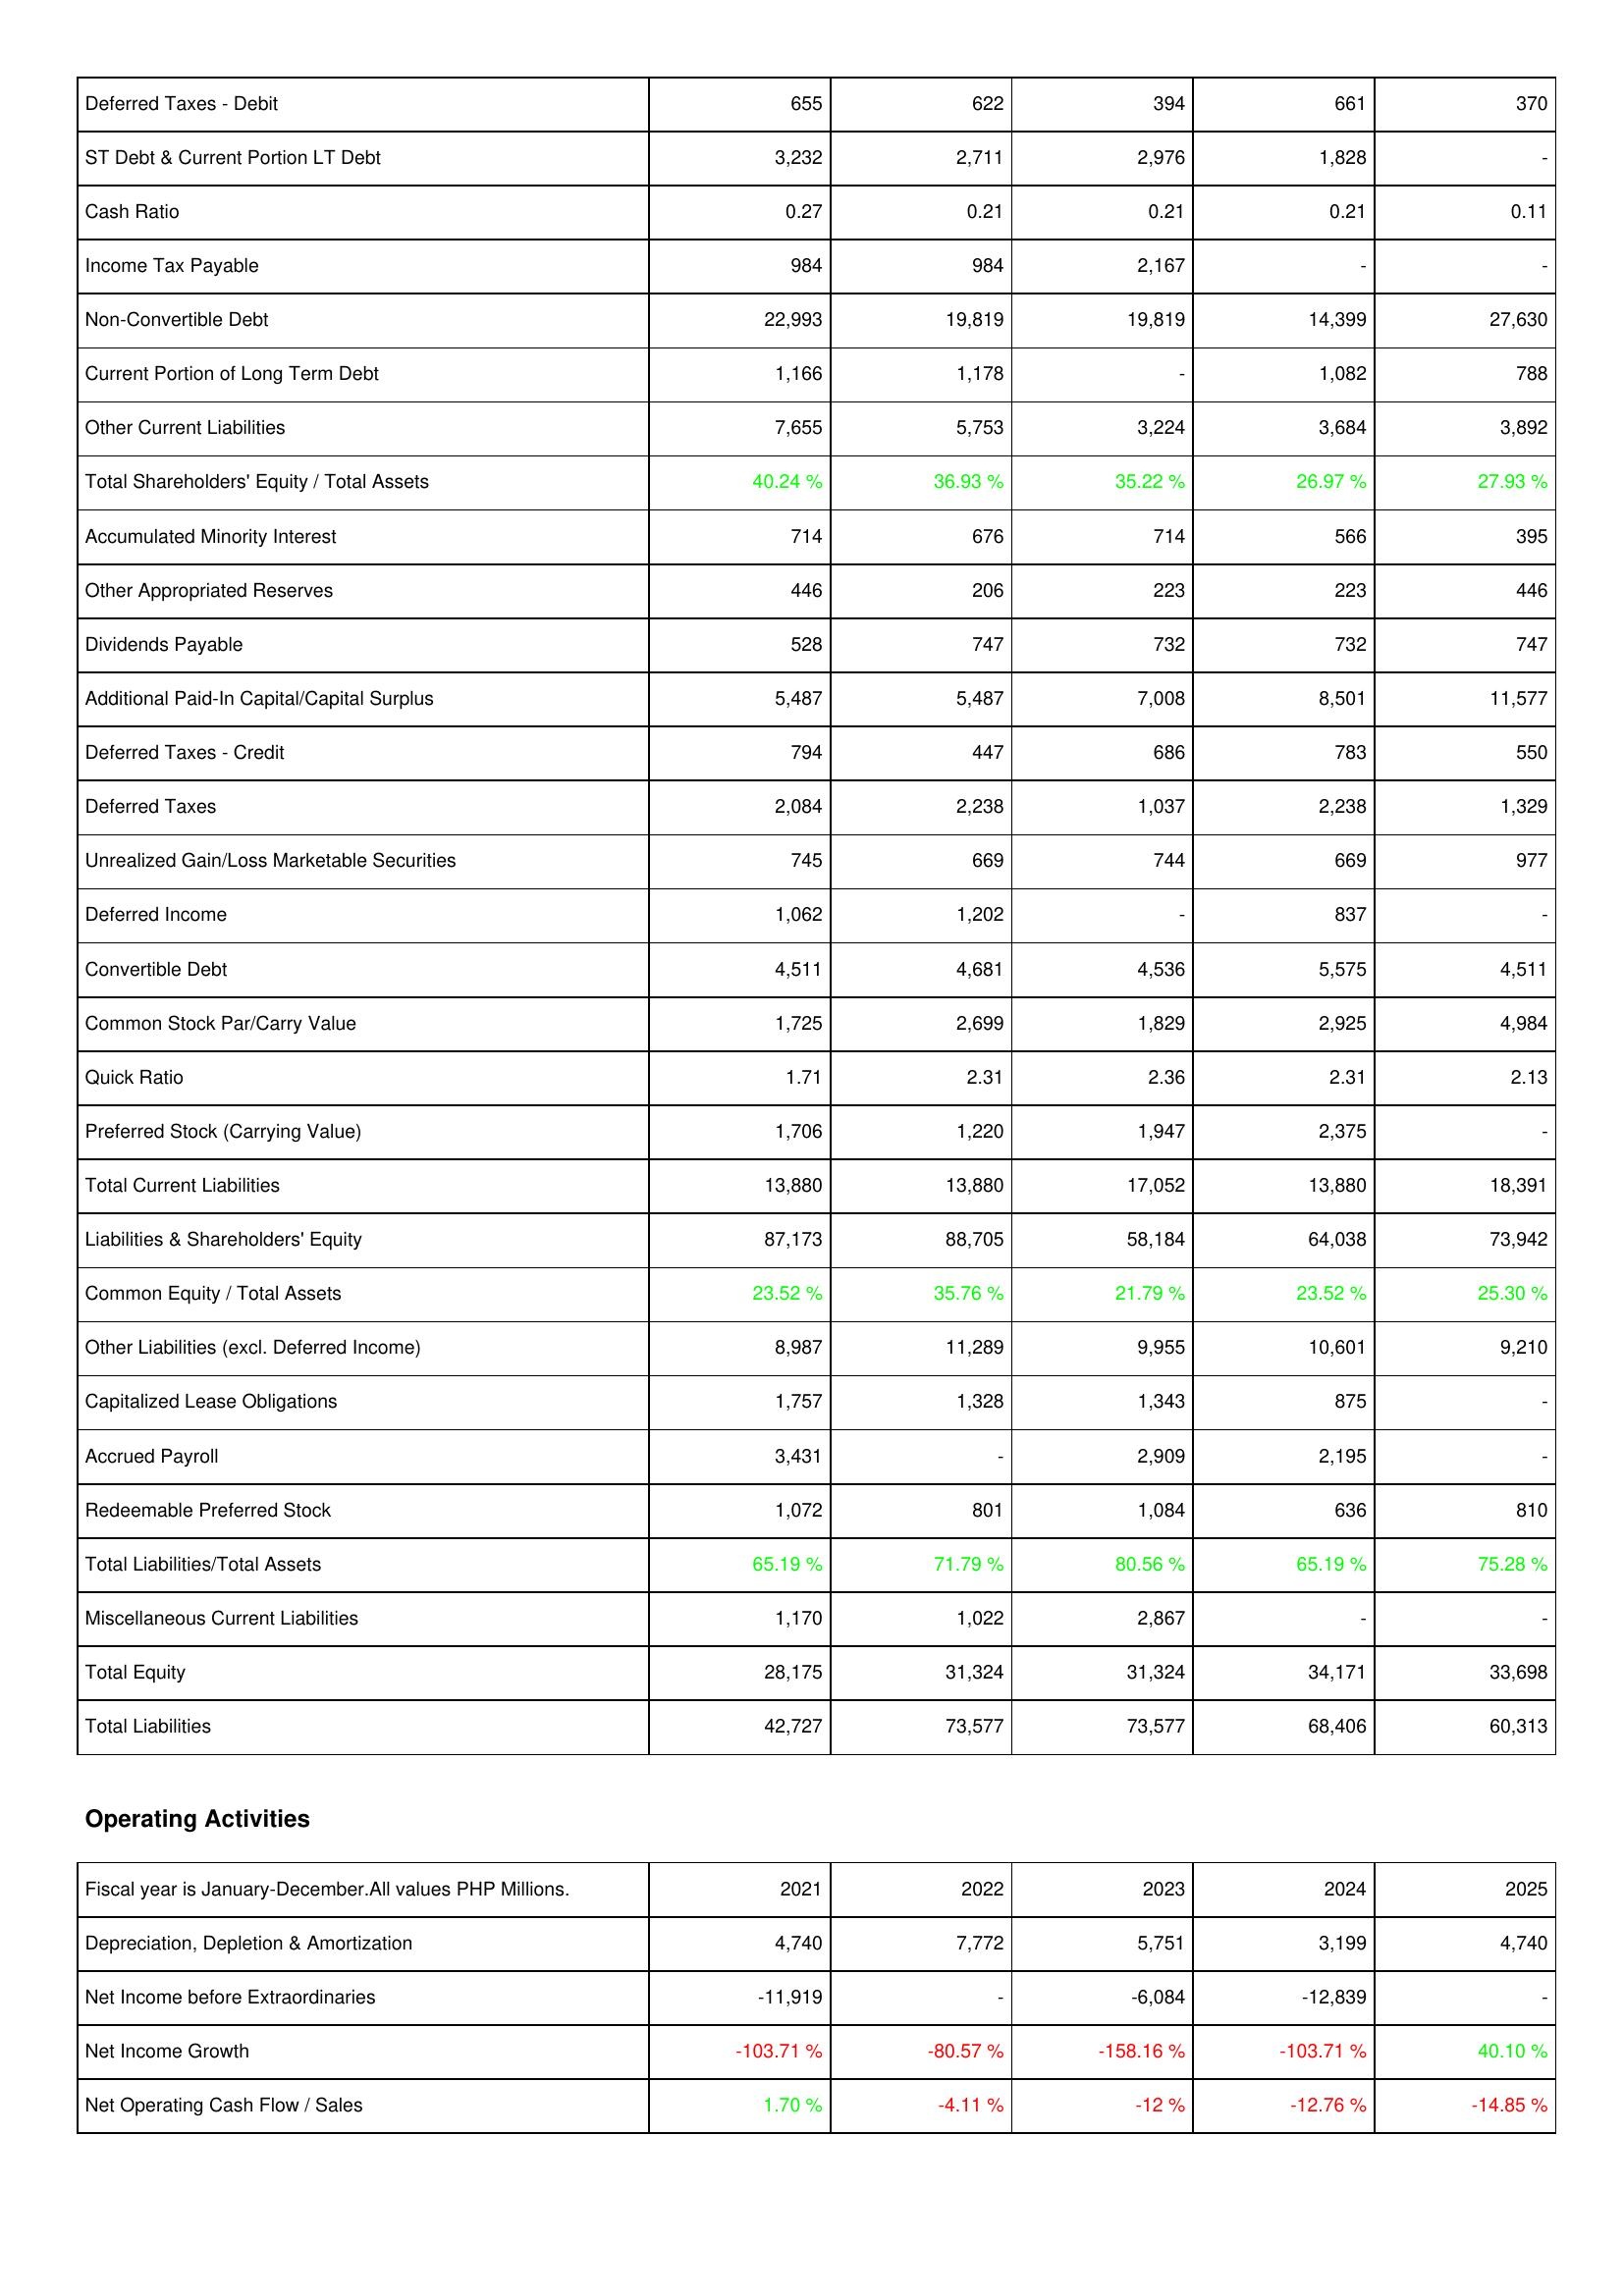
2021: Liabilities & Shareholders' Equity: Deferred Taxes - Debit: 655
ST Debt & Current Portion LT Debt: 3,232
Cash Ratio: 0.27
Income Tax Payable: 984
Non-Convertible Debt: 22,993
Current Portion of Long Term Debt: 1,166
Other Current Liabilities: 7,655
Total Shareholders' Equity / Total Assets: 40.24 %
Accumulated Minority Interest: 714
Other Appropriated Reserves: 446
Dividends Payable: 528
Additional Paid-In Capital/Capital Surplus: 5,487
Deferred Taxes - Credit: 794
Deferred Taxes: 2,084
Unrealized Gain/Loss Marketable Securities: 745
Deferred Income: 1,062
Convertible Debt: 4,511
Common Stock Par/Carry Value: 1,725
Quick Ratio: 1.71
Preferred Stock (Carrying Value): 1,706
Total Current Liabilities: 13,880
Liabilities & Shareholders' Equity: 87,173
Common Equity / Total Assets: 23.52 %
Other Liabilities (excl. Deferred Income): 8,987
Capitalized Lease Obligations: 1,757
Accrued Payroll: 3,431
Redeemable Preferred Stock: 1,072
Total Liabilities/Total Assets: 65.19 %
Miscellaneous Current Liabilities: 1,170
Total Equity: 28,175
Total Liabilities: 42,727
Operating Activities: Depreciation, Depletion & Amortization: 4,740
Net Income before Extraordinaries: -11,919
Net Income Growth: -103.71 %
Net Operating Cash Flow / Sales: 1.70 %
2022: Liabilities & Shareholders' Equity: Deferred Taxes - Debit: 622
ST Debt & Current Portion LT Debt: 2,711
Cash Ratio: 0.21
Income Tax Payable: 984
Non-Convertible Debt: 19,819
Current Portion of Long Term Debt: 1,178
Other Current Liabilities: 5,753
Total Shareholders' Equity / Total Assets: 36.93 %
Accumulated Minority Interest: 676
Other Appropriated Reserves: 206
Dividends Payable: 747
Additional Paid-In Capital/Capital Surplus: 5,487
Deferred Taxes - Credit: 447
Deferred Taxes: 2,238
Unrealized Gain/Loss Marketable Securities: 669
Deferred Income: 1,202
Convertible Debt: 4,681
Common Stock Par/Carry Value: 2,699
Quick Ratio: 2.31
Preferred Stock (Carrying Value): 1,220
Total Current Liabilities: 13,880
Liabilities & Shareholders' Equity: 88,705
Common Equity / Total Assets: 35.76 %
Other Liabilities (excl. Deferred Income): 11,289
Capitalized Lease Obligations: 1,328
Accrued Payroll: -
Redeemable Preferred Stock: 801
Total Liabilities/Total Assets: 71.79 %
Miscellaneous Current Liabilities: 1,022
Total Equity: 31,324
Total Liabilities: 73,577
Operating Activities: Depreciation, Depletion & Amortization: 7,772
Net Income before Extraordinaries: -
Net Income Growth: -80.57 %
Net Operating Cash Flow / Sales: -4.11 %
2023: Liabilities & Shareholders' Equity: Deferred Taxes - Debit: 394
ST Debt & Current Portion LT Debt: 2,976
Cash Ratio: 0.21
Income Tax Payable: 2,167
Non-Convertible Debt: 19,819
Current Portion of Long Term Debt: -
Other Current Liabilities: 3,224
Total Shareholders' Equity / Total Assets: 35.22 %
Accumulated Minority Interest: 714
Other Appropriated Reserves: 223
Dividends Payable: 732
Additional Paid-In Capital/Capital Surplus: 7,008
Deferred Taxes - Credit: 686
Deferred Taxes: 1,037
Unrealized Gain/Loss Marketable Securities: 744
Deferred Income: -
Convertible Debt: 4,536
Common Stock Par/Carry Value: 1,829
Quick Ratio: 2.36
Preferred Stock (Carrying Value): 1,947
Total Current Liabilities: 17,052
Liabilities & Shareholders' Equity: 58,184
Common Equity / Total Assets: 21.79 %
Other Liabilities (excl. Deferred Income): 9,955
Capitalized Lease Obligations: 1,343
Accrued Payroll: 2,909
Redeemable Preferred Stock: 1,084
Total Liabilities/Total Assets: 80.56 %
Miscellaneous Current Liabilities: 2,867
Total Equity: 31,324
Total Liabilities: 73,577
Operating Activities: Depreciation, Depletion & Amortization: 5,751
Net Income before Extraordinaries: -6,084
Net Income Growth: -158.16 %
Net Operating Cash Flow / Sales: -12 %
2024: Liabilities & Shareholders' Equity: Deferred Taxes - Debit: 661
ST Debt & Current Portion LT Debt: 1,828
Cash Ratio: 0.21
Income Tax Payable: -
Non-Convertible Debt: 14,399
Current Portion of Long Term Debt: 1,082
Other Current Liabilities: 3,684
Total Shareholders' Equity / Total Assets: 26.97 %
Accumulated Minority Interest: 566
Other Appropriated Reserves: 223
Dividends Payable: 732
Additional Paid-In Capital/Capital Surplus: 8,501
Deferred Taxes - Credit: 783
Deferred Taxes: 2,238
Unrealized Gain/Loss Marketable Securities: 669
Deferred Income: 837
Convertible Debt: 5,575
Common Stock Par/Carry Value: 2,925
Quick Ratio: 2.31
Preferred Stock (Carrying Value): 2,375
Total Current Liabilities: 13,880
Liabilities & Shareholders' Equity: 64,038
Common Equity / Total Assets: 23.52 %
Other Liabilities (excl. Deferred Income): 10,601
Capitalized Lease Obligations: 875
Accrued Payroll: 2,195
Redeemable Preferred Stock: 636
Total Liabilities/Total Assets: 65.19 %
Miscellaneous Current Liabilities: -
Total Equity: 34,171
Total Liabilities: 68,406
Operating Activities: Depreciation, Depletion & Amortization: 3,199
Net Income before Extraordinaries: -12,839
Net Income Growth: -103.71 %
Net Operating Cash Flow / Sales: -12.76 %
2025: Liabilities & Shareholders' Equity: Deferred Taxes - Debit: 370
ST Debt & Current Portion LT Debt: -
Cash Ratio: 0.11
Income Tax Payable: -
Non-Convertible Debt: 27,630
Current Portion of Long Term Debt: 788
Other Current Liabilities: 3,892
Total Shareholders' Equity / Total Assets: 27.93 %
Accumulated Minority Interest: 395
Other Appropriated Reserves: 446
Dividends Payable: 747
Additional Paid-In Capital/Capital Surplus: 11,577
Deferred Taxes - Credit: 550
Deferred Taxes: 1,329
Unrealized Gain/Loss Marketable Securities: 977
Deferred Income: -
Convertible Debt: 4,511
Common Stock Par/Carry Value: 4,984
Quick Ratio: 2.13
Preferred Stock (Carrying Value): -
Total Current Liabilities: 18,391
Liabilities & Shareholders' Equity: 73,942
Common Equity / Total Assets: 25.30 %
Other Liabilities (excl. Deferred Income): 9,210
Capitalized Lease Obligations: -
Accrued Payroll: -
Redeemable Preferred Stock: 810
Total Liabilities/Total Assets: 75.28 %
Miscellaneous Current Liabilities: -
Total Equity: 33,698
Total Liabilities: 60,313
Operating Activities: Depreciation, Depletion & Amortization: 4,740
Net Income before Extraordinaries: -
Net Income Growth: 40.10 %
Net Operating Cash Flow / Sales: -14.85 %